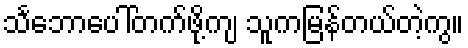
သင်္ဘောပေါ်တက်ဖို့ကျ သူကမြန်တယ်တဲ့ကွ။